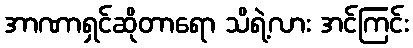
အာဏာရှင်ဆိုတာရော သိရဲ့လား အင်ကြင်း